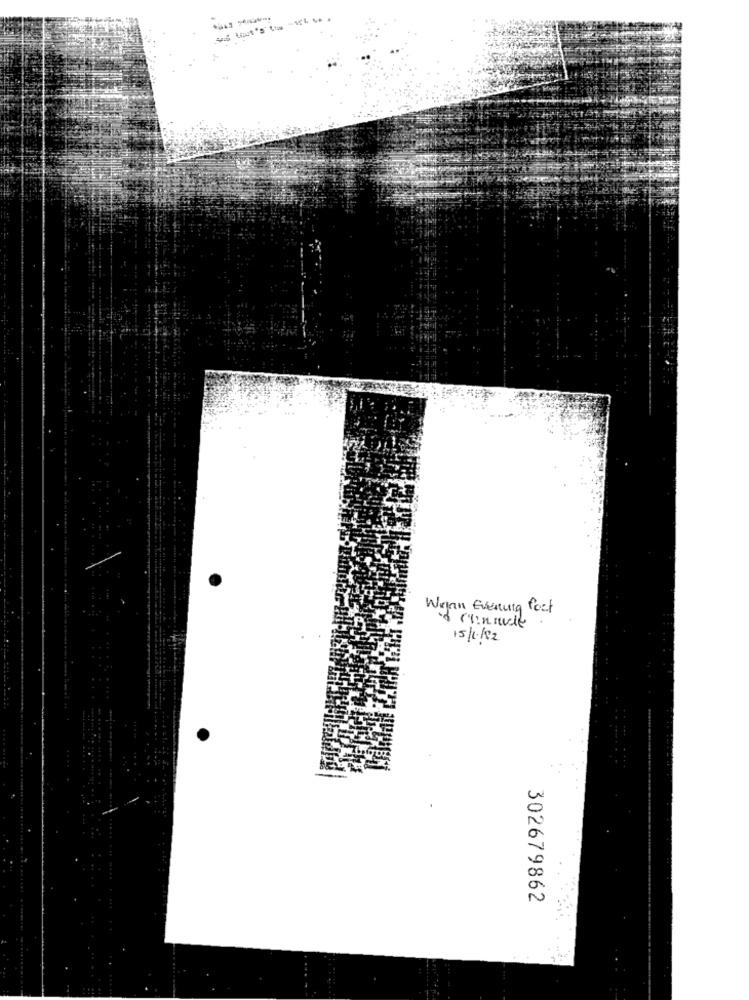
Wenn Evening fort
· Clinnull
15/192
302679862